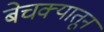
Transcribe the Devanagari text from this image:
बेचक्‍यातून